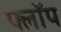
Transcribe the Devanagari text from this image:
फ्लाॅप